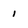
Character: i